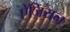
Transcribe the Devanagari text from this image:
ऐजियन